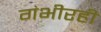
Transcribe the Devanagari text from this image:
गंभीरही